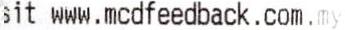
SIT WWW.MCDFEEDBACK.COM.MY